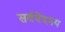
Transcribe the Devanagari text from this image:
सर्ववेदमय